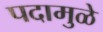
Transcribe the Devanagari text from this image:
पदामुळे